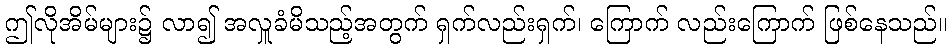
ဤလိုအိမ်များ၌ လာ၍ အလှူခံမိသည့်အတွက် ရှက်လည်းရှက်၊ ကြောက် လည်းကြောက် ဖြစ်နေသည်။